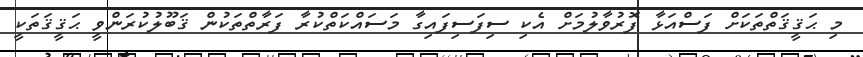
މި ޙަޤީޤަތްތަކަށް ފަސްއަޅާ ފޮރުވާލުމަށް އެކި ސިފަސިފައިގާ މަސައްކަތްކުރާ ފަރާތްތަކުން ޤަބޫލުކުރަންވީ ޙަޤީޤަތަކީ